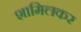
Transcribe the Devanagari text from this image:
शामिलकर